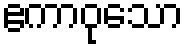
ဧကာဝုသော